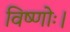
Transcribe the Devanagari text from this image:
विष्णोः।